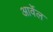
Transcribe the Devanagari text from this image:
आर्वेल